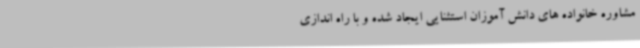
مشاوره خانواده های دانش آموزان استثنایی ایجاد شده و با راه اندازی